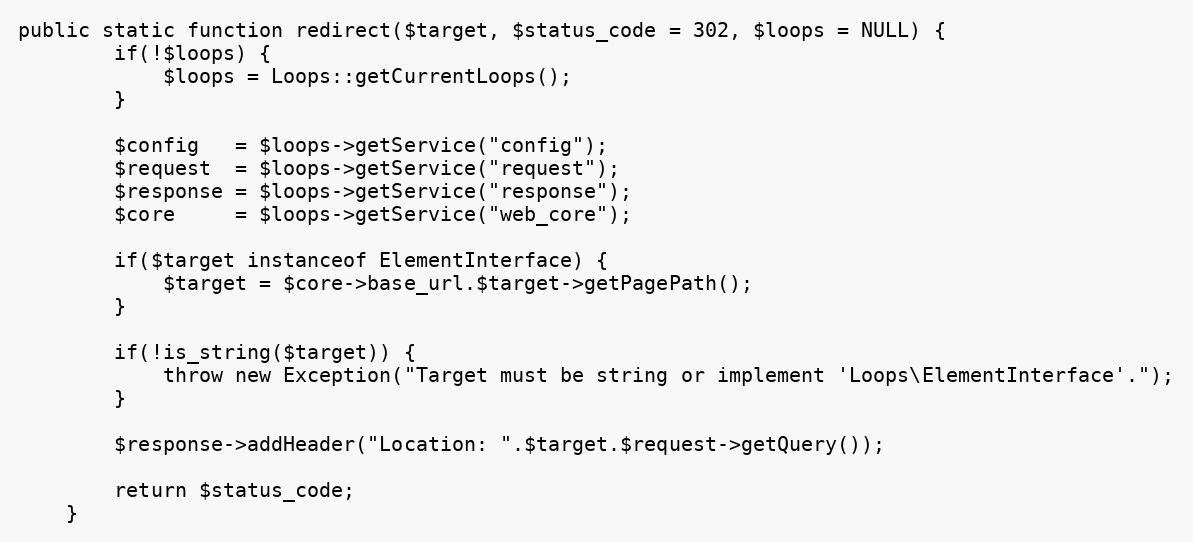
Language: PHP
public static function redirect($target, $status_code = 302, $loops = NULL) {
        if(!$loops) {
            $loops = Loops::getCurrentLoops();
        }

        $config   = $loops->getService("config");
        $request  = $loops->getService("request");
        $response = $loops->getService("response");
        $core     = $loops->getService("web_core");

        if($target instanceof ElementInterface) {
            $target = $core->base_url.$target->getPagePath();
        }

        if(!is_string($target)) {
            throw new Exception("Target must be string or implement 'Loops\ElementInterface'.");
        }

        $response->addHeader("Location: ".$target.$request->getQuery());

        return $status_code;
    }